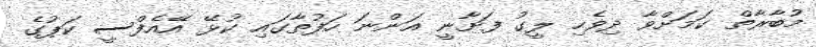
މުބާރާތް ކަމަށްވާ ދިވެހި ލީގު ފަށާނީ އަންނަ ހަފުތާގައި ކުޅޭ އޭއެފްސީ ކަޕުގެ